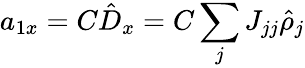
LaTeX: a_{1x}=C\hat{D}_{x}=C\sum_{j}J_{jj}\hat{\rho}_{j}